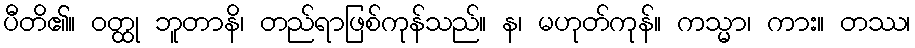
ပီတိ၏။ ဝတ္ထု ဘူတာနိ၊ တည်ရာဖြစ်ကုန်သည်။ န၊ မဟုတ်ကုန်။ ကသ္မာ၊ ကား။ တဿ၊